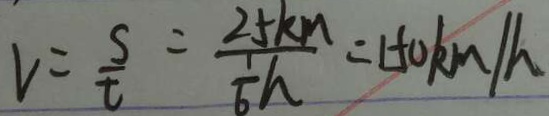
v = \frac { s } { t } = \frac { 2 5 k m } { \frac { 1 } { 6 } h } = 1 5 0 k m / h